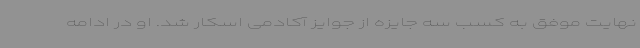
نهایت موفق به کسب سه جایزه از جوایز آکادمی اسکار شد. او در ادامه